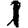
Digit: 1